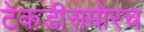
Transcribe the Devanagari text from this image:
टेकडीसमोरच